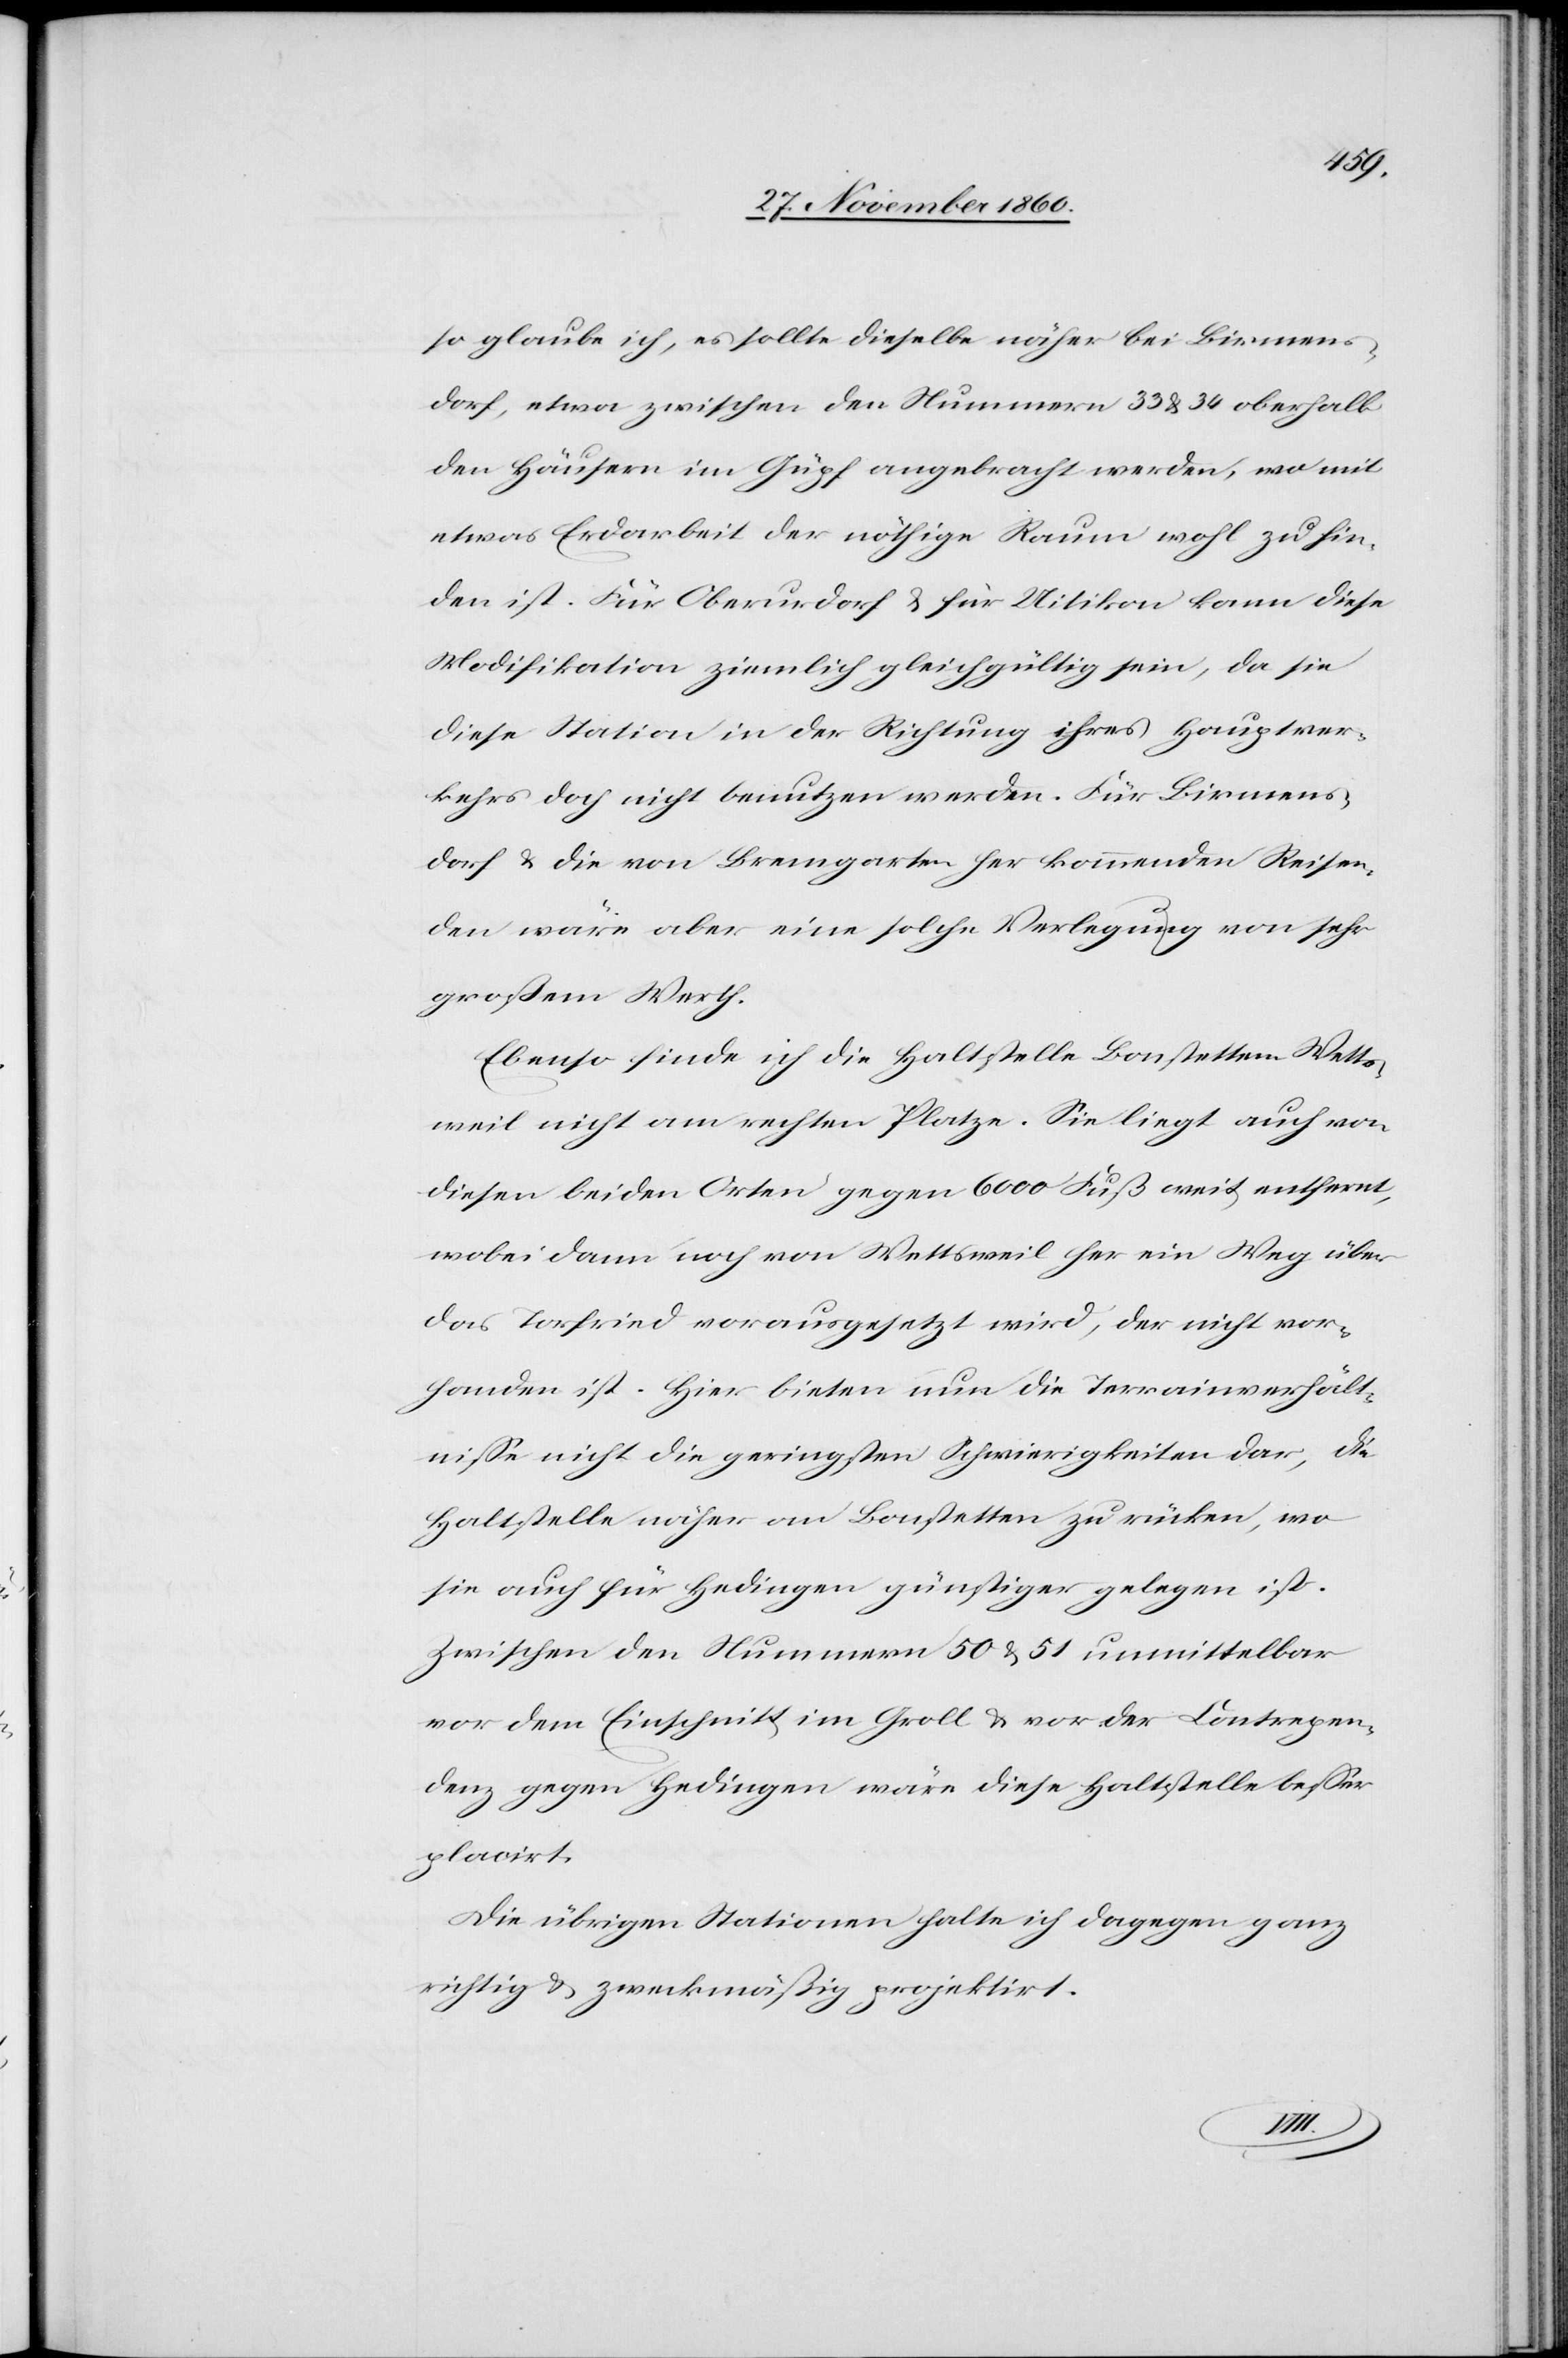
so glaube ich, es sollte dieselbe näher bei Birmens¬
dorf, etwa zwischen den Nummern 33 u. 34 oberhalb
den Häusern im Güpf angebracht werden, wo mit
etwas Erdarbeit der nöthige Raum wohl zu fin¬
den ist. Für Oberurdorf u. für Uitikon kann diese
Modifikation ziemlich gleichgültig sein, da sie
diese Station in der Richtung ihres Hauptver¬
kehrs doch nicht benutzen werden. Für Birmens¬
dorf u. die von Bremgarten her kommenden Reisen¬
den wäre aber eine solche Verlegung von sehr
großem Werth.
Ebenso finde ich die Haltstelle Bonstetten[-]Wetts¬
weil nicht am rechten Platze. Sie liegt auch von
diesen beiden Orten gegen 6000 Fuß weit entfernt,
wobei dann noch von Wettsweil her ein Weg über
das Torfried vorausgesetzt wird, der nicht vor¬
handen ist. Hier bieten nun die Terrainverhält¬
nisse nicht die geringsten Schwierigkeiten dar, die
Haltstelle näher an Bonstetten zu rücken, wo
sie auch für Hedingen günstiger gelegen ist.
Zwischen den Nummern 50 u. 51 unmittelbar
vor dem Einschnitt im Groll u. vor der Contrepen¬
denz gegen Hedingen wäre diese Haltstelle besser
placirt.
Die übrigen Stationen halte ich dagegen ganz
richtig u. zweckmäßig projektirt.